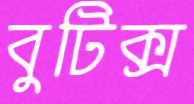
বুটিক্স